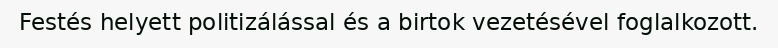
Festés helyett politizálással és a birtok vezetésével foglalkozott.